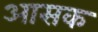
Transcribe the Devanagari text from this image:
आसक